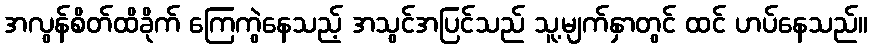
အလွန်စိတ်ထိခိုက် ကြေကွဲနေသည့် အသွင်အပြင်သည် သူ့မျက်နှာတွင် ထင် ဟပ်နေသည်။